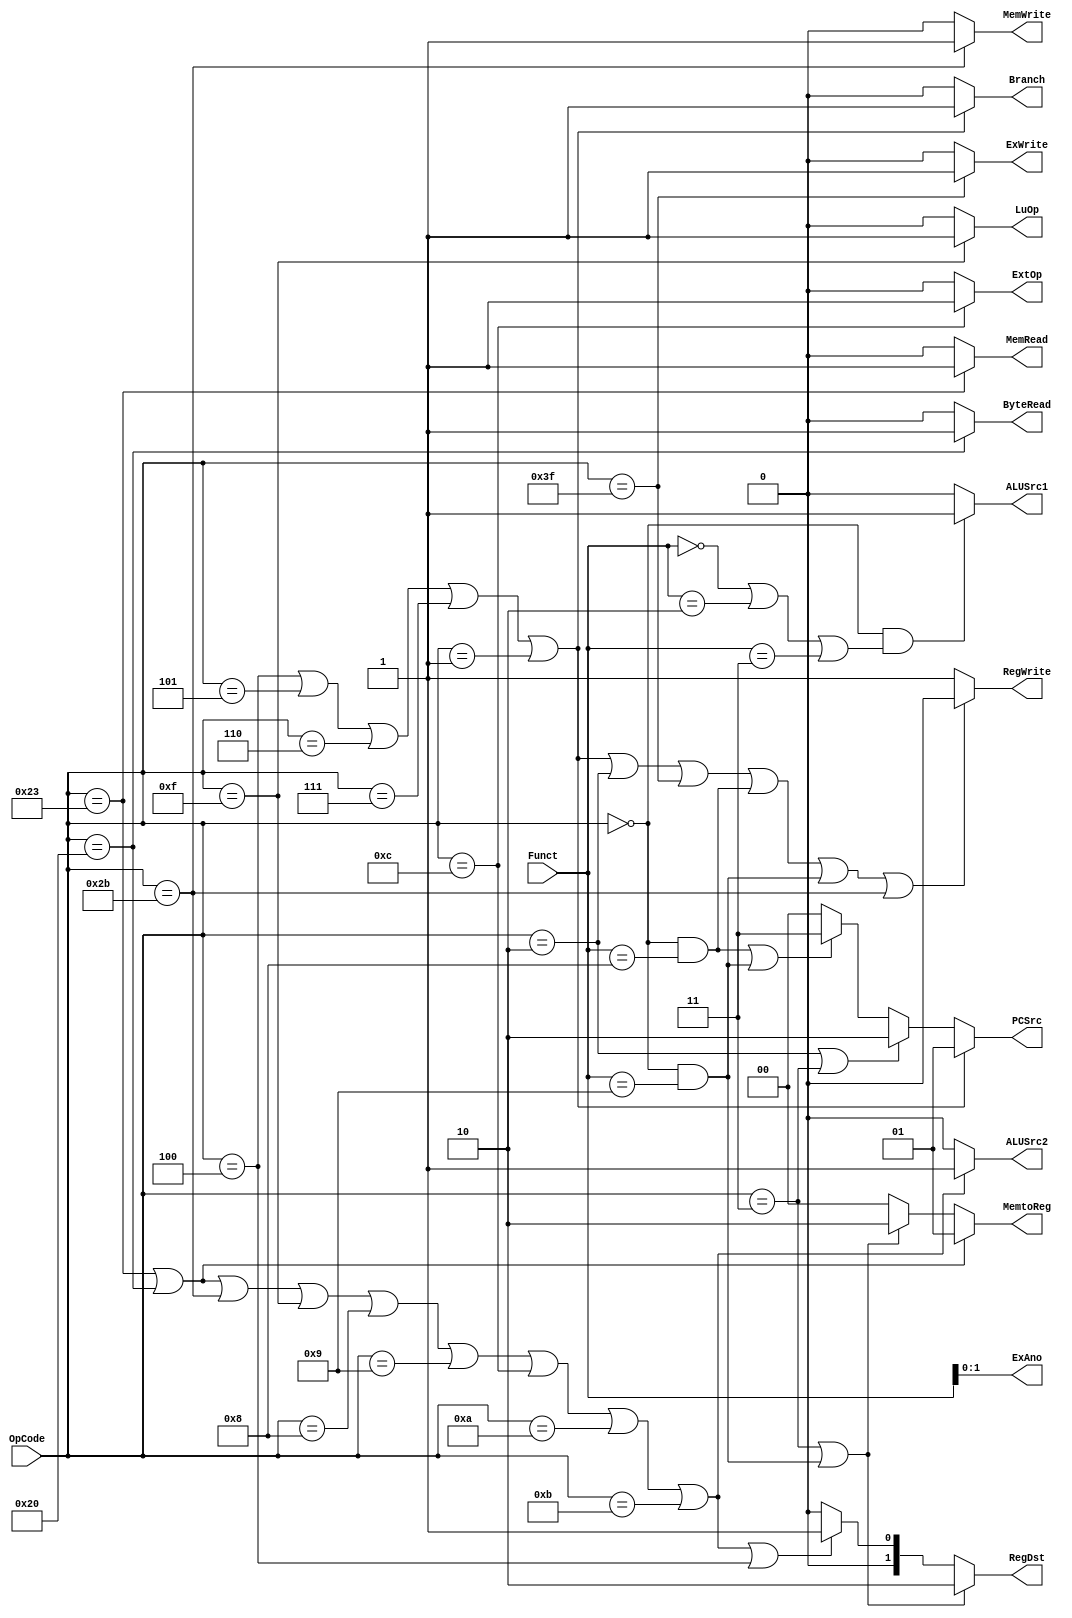
`timescale 1ns / 1ps
module Control(OpCode, Funct,
	PCSrc, Branch, RegWrite, RegDst, 
	MemRead,ByteRead, MemWrite,ExWrite,ExAno, MemtoReg, 
	ALUSrc1, ALUSrc2, ExtOp, LuOp);
	input [5:0] OpCode;
	input [5:0] Funct;
	output [1:0] PCSrc;
	output Branch;
	output RegWrite;
	output [1:0] RegDst;
	output MemRead;
	output ByteRead;
	output MemWrite;
	output ExWrite;
	output [1:0] ExAno;
	output [1:0] MemtoReg;
	output ALUSrc1;
	output ALUSrc2;
	output ExtOp;
	output LuOp;

	
    assign PCSrc = (OpCode==6'h04||OpCode==6'h05||OpCode==6'h06||OpCode==6'h07||OpCode==6'h01)?2'b01:(OpCode==6'h02||OpCode==6'h03)?2'b10:((OpCode==0&&Funct==6'h08)||(OpCode==0&&Funct==6'h09))?2'b11:2'b00;
    assign Branch = (OpCode==6'h04||OpCode==6'h05||OpCode==6'h06||OpCode==6'h07||OpCode==6'h01)?1:0;
    assign RegWrite = (OpCode==6'h04||OpCode==6'h05||OpCode==6'h06||OpCode==6'h07||OpCode==6'h01||OpCode==6'h02||OpCode==6'h3F||(OpCode ==0&&Funct == 6'h08)||(OpCode ==0&&Funct == 6'h09)||OpCode==6'h2b)?0:1;
    // 01 I-type write Rt
    assign RegDst = (OpCode==6'h03||(OpCode ==0&&Funct == 6'h09))?2'b10:(OpCode==6'h23||OpCode==6'h20||OpCode == 6'h2b||OpCode==6'h0f||OpCode==6'h08||OpCode==6'h09||OpCode==6'h0c||OpCode==6'h0a||OpCode==6'h0b||OpCode==6'h04)?2'b01:2'b00;
    assign MemRead = (OpCode==6'h23)?1:0;
	assign ByteRead = (OpCode==6'h20)?1:0;
    assign MemWrite = (OpCode==6'h2b)?1:0;
	// external device control
	assign ExWrite = (OpCode == 6'h3F)?1:0;
	assign ExAno = Funct[1:0];
    // jalr
    assign MemtoReg = (OpCode==6'h23||OpCode == 6'h20)?2'b01:(OpCode==6'h03||(OpCode ==0&&Funct == 6'h09))?2'b10:2'b00;
    // choose IMM or Rt
    assign ALUSrc2 = (OpCode==6'h23||OpCode==6'h20||OpCode==6'h2b||OpCode==6'h0f||OpCode==6'h08||OpCode==6'h09||OpCode==6'h0c||OpCode==6'h0a||OpCode==6'h0b)?1:0;
    // Rs or shamt
    assign ALUSrc1 = (OpCode == 6'h0 &&(Funct==6'h0||Funct==6'h02||Funct==6'h03))?1:0;
    assign ExtOp = (OpCode==6'h0c)?1:0;
    assign LuOp = (OpCode==6'h0f)?1:0;


	
endmodule